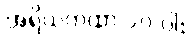
အရိယကထာ ၁၀-ပါး